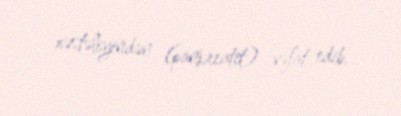
xəstəliyindən (pankreatit) vəfat edib.